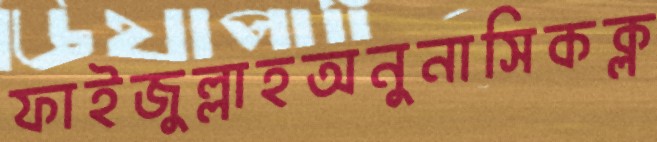
ফাইজুল্লাহঅনুনাসিকক্ল